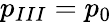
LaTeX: p_{III}=p_{0}